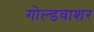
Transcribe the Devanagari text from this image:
गोल्डवाशर